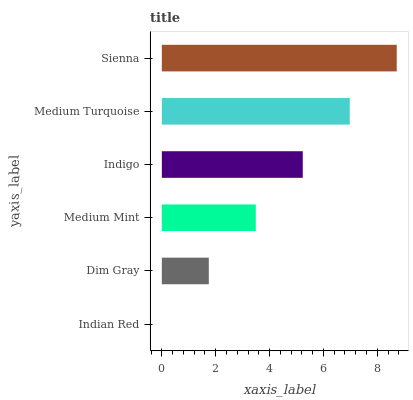
| yaxis_label | bars |
 | --- | --- |
 | Indian Red | 0 |
 | Dim Gray | 1.74 |
 | Medium Mint | 3.49 |
 | Indigo | 5.23 |
 | Medium Turquoise | 6.98 |
 | Sienna | 8.72 |